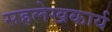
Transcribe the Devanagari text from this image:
सहलेखकार्य